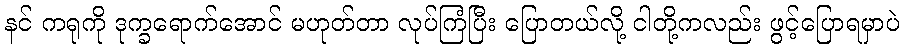
နင် ကရုကို ဒုက္ခရောက်အောင် မဟုတ်တာ လုပ်ကြံပြီး ပြောတယ်လို့ ငါတို့ကလည်း ဖွင့်ပြောရမှာပဲ